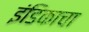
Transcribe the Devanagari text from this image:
इंडिकाचा